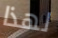
لهذا